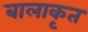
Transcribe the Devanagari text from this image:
बालाकृत